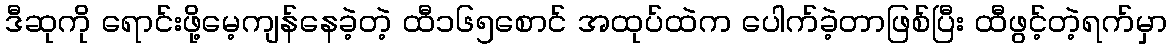
ဒီဆုကို ရောင်းဖို့မေ့ကျန်နေခဲ့တဲ့ ထီ၁၆၅စောင် အထုပ်ထဲက ပေါက်ခဲ့တာဖြစ်ပြီး ထီဖွင့်တဲ့ရက်မှာ